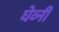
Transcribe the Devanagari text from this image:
घेव्नी